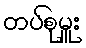
တပ်စုမှူး